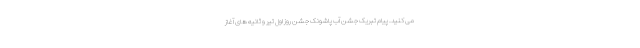
می کنید. پیام تبریک جشن آب پاشونک جشن روز اول تیر و ثانیه های آغاز